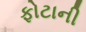
ફોટાની